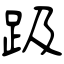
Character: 趿